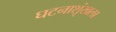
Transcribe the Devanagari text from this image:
घटनाशृंखला